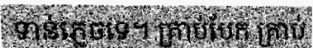
ទាន់ភ្លេចទេ។ គ្រាប់បែក គ្រាប់